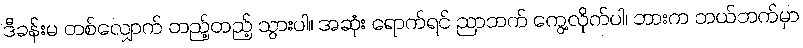
ဒီခန်းမ တစ်လျှောက် တည့်တည့် သွားပါ။ အဆုံး ရောက်ရင် ညာဘက် ကွေ့လိုက်ပါ၊ ဘားက ဘယ်ဘက်မှာ